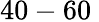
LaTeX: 40-60\